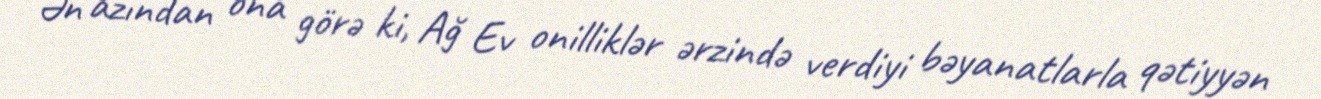
Ən azından ona görə ki, Ağ Ev onilliklər ərzində verdiyi bəyanatlarla qətiyyən